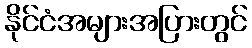
နိုင်ငံအများအပြားတွင်